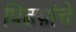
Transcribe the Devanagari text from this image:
पिढय़ांचे